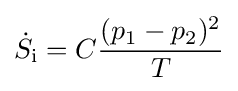
{\dot {S}}_{\text{i}}=C{\frac {(p_{1}-p_{2})^{2}}{T}}